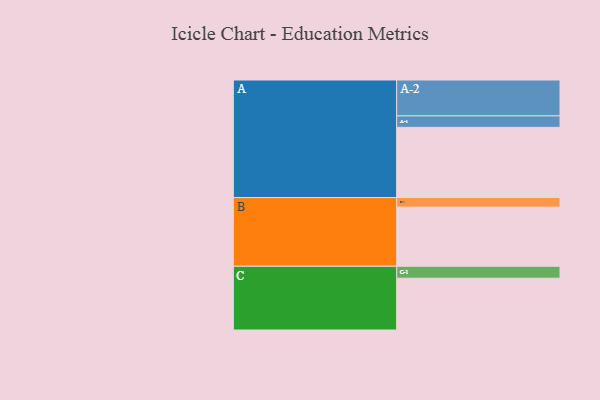
{"axis": {"x": "Segment", "y": "Value"}, "legend": ["", "A", "B", "C"], "data": [{"x": "A", "y": 489, "type": ""}, {"x": "B", "y": 412, "type": ""}, {"x": "C", "y": 361, "type": ""}, {"x": "A-1", "y": 80, "type": "A"}, {"x": "A-2", "y": 250, "type": "A"}, {"x": "B-1", "y": 67, "type": "B"}, {"x": "C-1", "y": 83, "type": "C"}]}